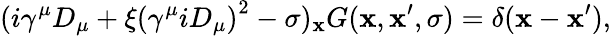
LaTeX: (i\gamma^{\mu}D_{\mu}+\xi\left(\gamma^{\mu}iD_{\mu}\right)^{2}-\sigma)_{\mathbf{x}}G(\mathbf{x},\mathbf{x}^{\prime},\sigma)=\delta(\mathbf{x}-\mathbf{x}^{\prime}),